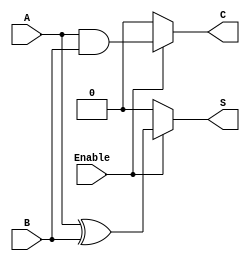
module ConditionalHalfAdder (
    input wire A,         // Single-bit binary input A
    input wire B,         // Single-bit binary input B
    input wire Enable,    // Control signal to enable addition
    output wire S,        // Sum output
    output wire C         // Carry output
);

// Combinational logic for the Conditional Half-Adder
assign S = Enable ? (A ^ B) : 1'b0;  // Sum: A XOR B if Enable is high, otherwise 0
assign C = Enable ? (A & B) : 1'b0;  // Carry: A AND B if Enable is high, otherwise 0

endmodule